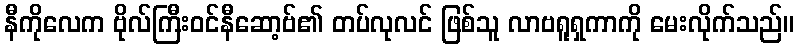
နီကိုလေက ဗိုလ်ကြီးဝင်နီဆော့ဗ်၏ တပ်လုလင် ဖြစ်သူ လာဗရူရှကာကို မေးလိုက်သည်။